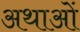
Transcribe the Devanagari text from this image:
अथाओं